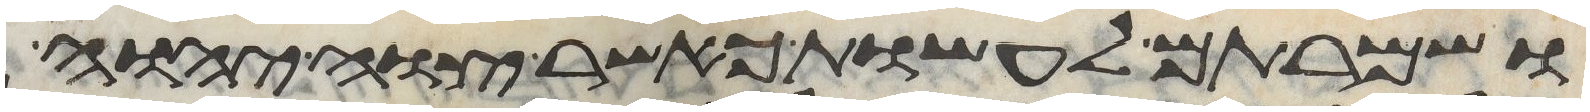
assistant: ושמרתם לעשות כאשר צוה יהוה